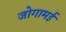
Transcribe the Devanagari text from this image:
जोगामई